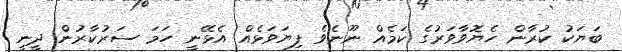
ބަޔަކު ކުރާން ހެޔޮވާވަރުގެ ކަމެއް ނޫނެވެ ފިޔަވަޅެއް އެޅޭނީ ހަމަ ސަރުކާރުން ދީނީ